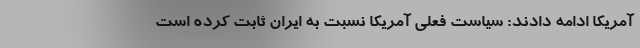
آمریکا ادامه دادند: سیاست فعلی آمریکا نسبت به ایران ثابت کرده است